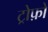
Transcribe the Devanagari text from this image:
ट्रोफ़ो